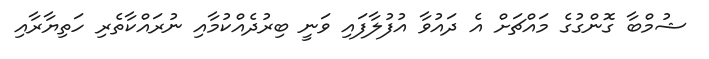
ޝުމްބާ ގޮންގުގެ މައްޗަށް އެ ދައުވާ އުފުލާފައި ވަނީ ބިރުދެއްކުމާއި ނުރައްކާތެރި ހަތިޔާރާއި